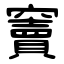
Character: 竇